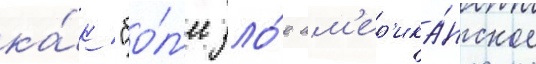
ка́к "бо́л'ее зло́е ам'ер'ика́нское